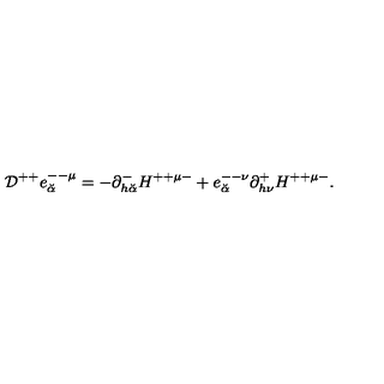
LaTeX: { \cal D } ^ { + + } e _ { \breve { \alpha } } ^ { -- \mu } = - \partial _ { h { \breve { \alpha } } } ^ { - } H ^ { + + \mu - } + e _ { \breve { \alpha } } ^ { -- \nu } \partial _ { h \nu } ^ { + } H ^ { + + \mu - } .